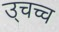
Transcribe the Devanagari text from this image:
उ्चच्च